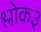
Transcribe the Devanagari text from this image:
श्लोक३